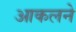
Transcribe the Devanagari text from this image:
आकलने